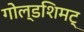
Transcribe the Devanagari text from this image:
गोल्डशिमट्